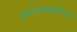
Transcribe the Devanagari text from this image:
भगवंतांना